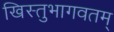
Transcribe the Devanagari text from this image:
खिस्तुभागवतम्